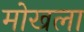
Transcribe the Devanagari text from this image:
मोखला